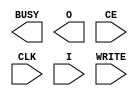
///////////////////////////////////////////////////////////////////////////////
// Copyright (c) 1995/2004 Xilinx, Inc.
// All Right Reserved.
///////////////////////////////////////////////////////////////////////////////
//   ____  ____
//  /   /\/   /
// /___/  \  /    Vendor : Xilinx
// \   \   \/     Version : 10.1
//  \   \         Description : Xilinx Formal Library Component
//  /   /                  Internal Configuration Access Port for Spartan3a
// /___/   /\     Filename : ICAP_SPARTAN3A.v
// \   \  /  \    Timestamp : Mon Nov 12 18:29:19 PDT 2007
//  \___\/\___\
//
// Revision:
//    11/12/07 - Initial version.

`timescale  1 ps / 1 ps


module ICAP_SPARTAN3A (BUSY, O, CE, CLK, I, WRITE);

    output BUSY;
    output [7:0] O;

    input  CE, CLK, WRITE;
    input  [7:0] I; 
    
endmodule